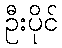
ဦးပိုင်